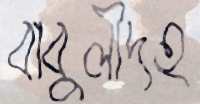
বাবুলীদহ